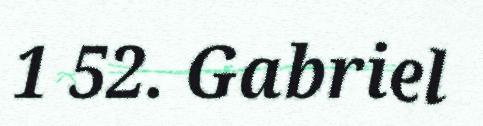
1 52. Gabriel